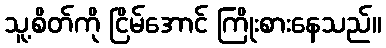
သူ့စိတ်ကို ငြိမ်အောင် ကြိုးစားနေသည်။